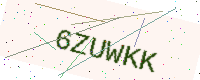
Text: 6ZUWKK